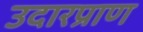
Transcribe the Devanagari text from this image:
उदारप्राण